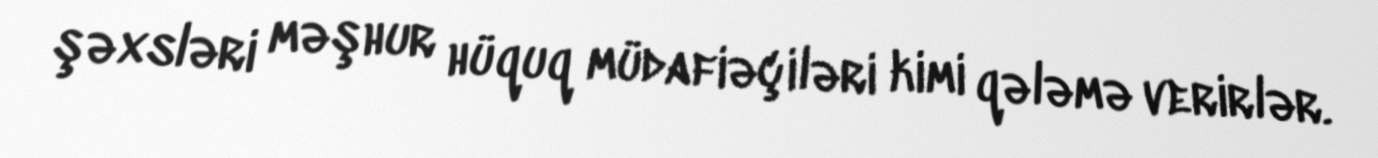
şəxsləri məşhur hüquq müdafiəçiləri kimi qələmə verirlər.